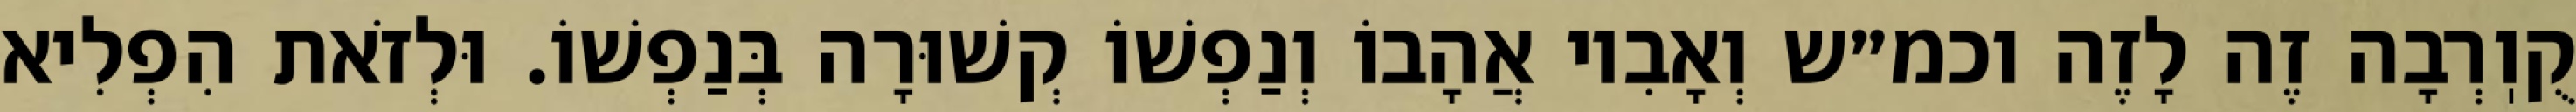
קֻוֽרְבָה זֶה לָזֶה וכמ״ש וְאָבִיו אֲהָבוֹ וְנַפְשׁוֹ קְשׁוּרָה בְּנַפְשׁוֹ. וּלְזֹאת הִפְלִיא